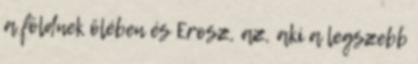
a földnek ölében és Erosz, az, aki a legszebb